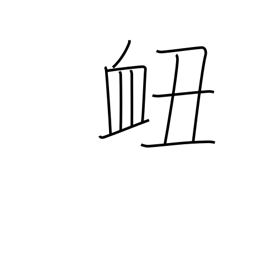
Meaning: nosebleed